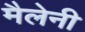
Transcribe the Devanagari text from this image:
मैलेनी